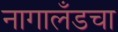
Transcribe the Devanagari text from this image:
नागालँडचा